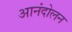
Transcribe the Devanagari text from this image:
आनंदोलन